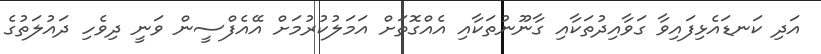
އަދި ކަނޑައެޅިފައިވާ ގަވާއިދުތަކާއި ގާނޫނުތަކާއި އެއްގޮތަށް އަމަލުކުރުމަށް އޭއެފްސީން ވަނީ ދިވެހި ދައުލަތުގެ